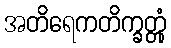
အတိရေကတိက္ခတ္တုံ